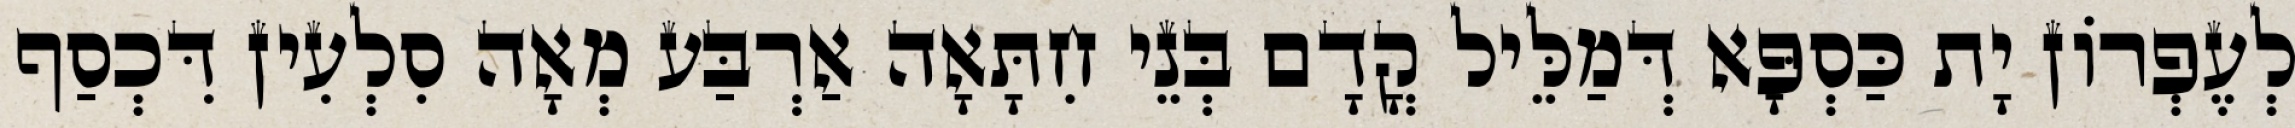
לְעֶפְרוֹן יָת כַּסְפָּא דְּמַלֵּיל קֳדָם בְּנֵי חִתָּאָה אַרְבַּע מְאָה סִלְעִין דִּכְסַף